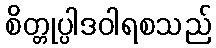
စိတ္တုပ္ပါဒဝါရစသည်